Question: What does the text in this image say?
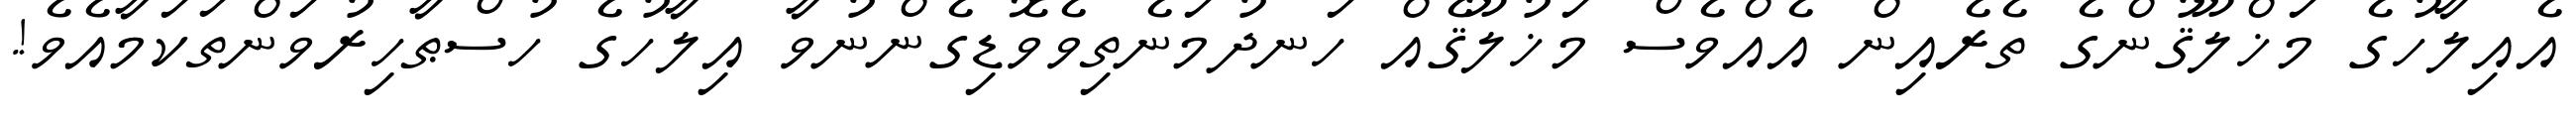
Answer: އެއިލާހުގެ މަޚްލޫޤުންގެ ތެރެއިން އެއްވެސް މަޚުލޫޤެއް ހަނދުމަނެތިވެވޮޑިގެންނުވާ އިލާހުގެ ހުސްޠާހިރުވަންތަކަމާއެވެ!.